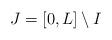
LaTeX: \begin{align*}J=[0,L] \setminus I\end{align*}